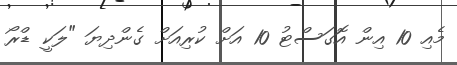
މެއި 10 އިން އޮގަސްޓު 10 އަށް ކުރިއަށް ގެންދިޔަ "ލަކީ ޑްރޯ